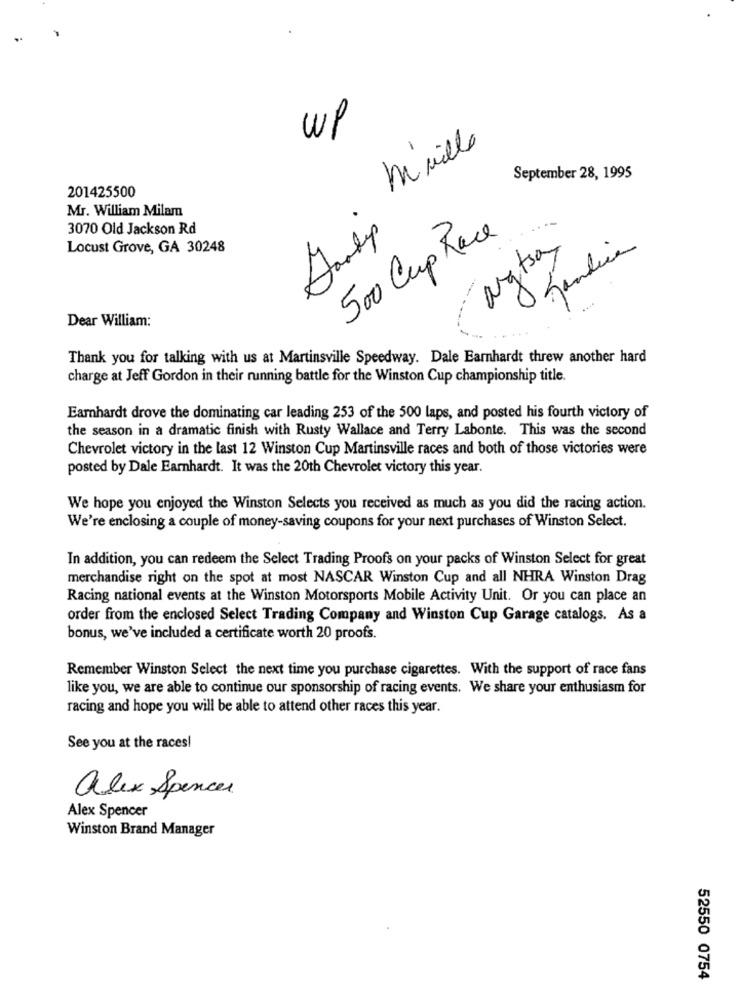
WP
huile
September 28, 1995
201425500
Mr. William Milam
3070 Old Jackson Rd
500 Cup Race
Locust Grove, GA 30248
Nytsa
Jandia
Dear William:
Thank you for talking with us at Martinsville Speedway. Dale Earnhardt threw another hard
charge at Jeff Gordon in their running battle for the Winston Cup championship title.
Earnhardt drove the dominating car leading 253 of the 500 laps, and posted his fourth victory of
the season in a dramatic finish with Rusty Wallace and Terry Labonte. This was the second
Chevrolet victory in the last 12 Winston Cup Martinsville races and both of those victories were
posted by Dale Earnhardt. It was the 20th Chevrolet victory this year.
We hope you enjoyed the Winston Selects you received as much as you did the racing action.
We're enclosing a couple of money-saving coupons for your next purchases of Winston Select.
In addition, you can redeem the Select Trading Proofs on your packs of Winston Select for great
merchandise right on the spot at most NASCAR Winston Cup and all NHRA Winston Drag
Racing national events at the Winston Motorsports Mobile Activity Unit. Or you can place an
order from the enclosed Select Trading Company and Winston Cup Garage catalogs. As a
bonus, we've included a certificate worth 20 proofs.
Remember Winston Select the next time you purchase cigarettes. With the support of race fans
like you, we are able to continue our sponsorship of racing events. We share your enthusiasm for
racing and hope you will be able to attend other races this year.
See you at the races!
alex Spencer
Alex Spencer
Winston Brand Manager
52550 0754